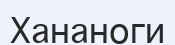
Хананоги